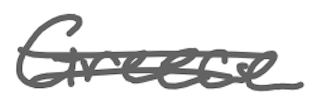
Text: Greece
Cross-out: double-line
Writing tool: digital_gray